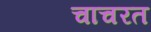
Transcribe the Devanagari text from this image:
चाचरत